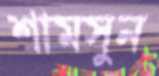
শামসুন